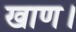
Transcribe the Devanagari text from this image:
खाण।